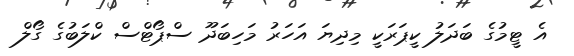
އެ ޓީމުގެ ބަދަލު ކީޕަރަކީ މިދިޔަ އަހަރު މަހިބަދޫ ސްޕޯޓްސް ކްލަބުގެ ގޯލް